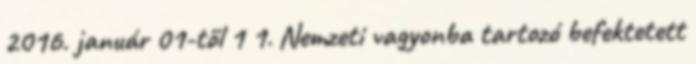
2016. január 01-től 1 1. Nemzeti vagyonba tartozó befektetett